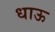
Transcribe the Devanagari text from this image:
धाऊ